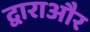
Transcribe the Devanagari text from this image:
द्वाराऔर